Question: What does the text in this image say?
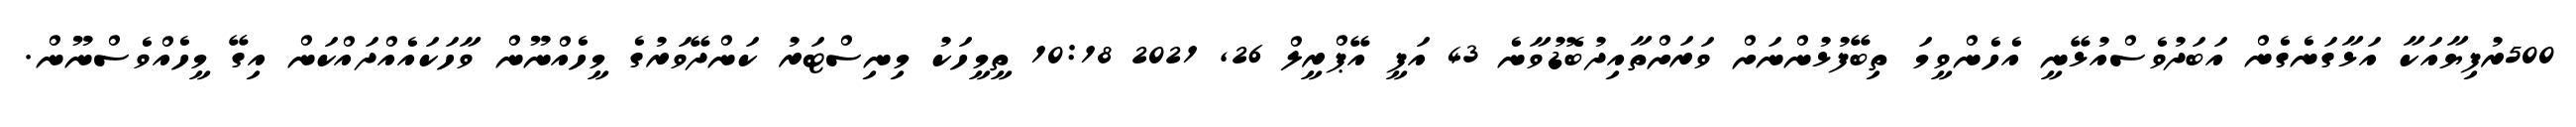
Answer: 500ރުފިޔާއަކާ އަޅާގަނެގެން އަބަދުވެސްއުޅޭނީ އެހެންވީމަ ތިބޭފުޅުންނަށް ވަރަށްތާއިދުބޮޑުވާނެ 43 އަފީ އޭޕްރީލް 26, 2021 10:18 ތީމީހަކު މިނިސްޓަރު ކަންދޭވަރުގެ މީހެއްނޫން ވާހަކައެއްދައްކަން އިގޭ މީހެއްވެސްނޫން.